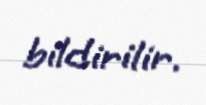
bildirilir.